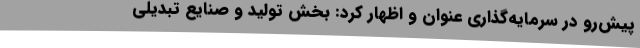
پیش‌رو در سرمایه‌گذاری عنوان و اظهار کرد: بخش تولید و صنایع‌ تبدیلی